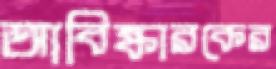
আবিষ্কারকের